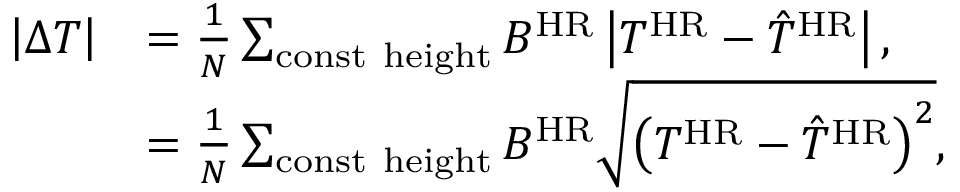
\begin{array} { r l } { \left\lvert \Delta T \right\rvert } & { = \frac { 1 } { N } \sum _ { \mathrm { c o n s t ~ h e i g h t } } B ^ { \mathrm { H R } } \left\lvert T ^ { \mathrm { H R } } - \hat { T } ^ { \mathrm { H R } } \right\rvert , } \\ & { = \frac { 1 } { N } \sum _ { \mathrm { c o n s t ~ h e i g h t } } B ^ { \mathrm { H R } } \sqrt { \left( T ^ { \mathrm { H R } } - \hat { T } ^ { \mathrm { H R } } \right) ^ { 2 } } , } \end{array}